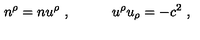
n ^ { \rho } = n u ^ { \rho } \ , \qquad \quad u ^ { \rho } u _ { \rho } = - c ^ { 2 } \ ,